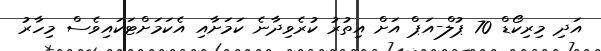
އަދި މިރިކޯޑް 70 ޕުލް-އަޕް އަށް އިތުރު ކުރެވިދާނެ ކަމަށާއި އެކަމަށްޓަކައިވެސް މިހާރު